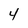
Character: 4